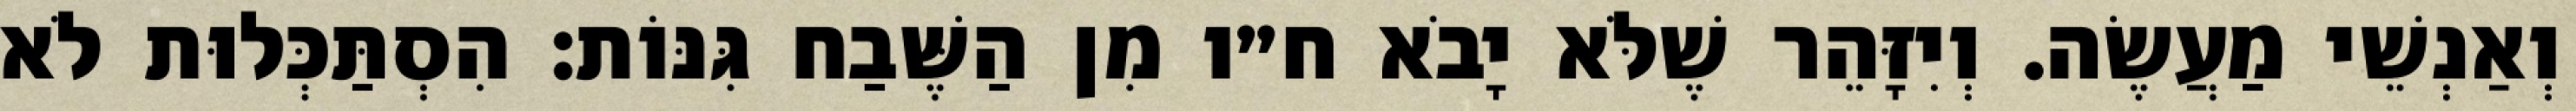
וְאַנְשֵׁי מַעֲשֶׂה. וְיִזָּהֵר שֶׁלֹּא יָבֹא ח״ו מִן הַשֶּׁבַח גִּנּוֹת: הִסְתַּכְּלוּת לֹא